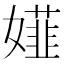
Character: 𡢪